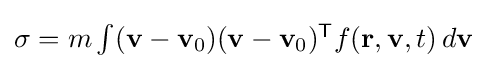
{\textstyle \mathbf {\sigma } =m\int (\mathbf {v} -\mathbf {v} _{0})(\mathbf {v} -\mathbf {v} _{0})^{\mathsf {T}}f(\mathbf {r} ,\mathbf {v} ,t)\,d\mathbf {v} }